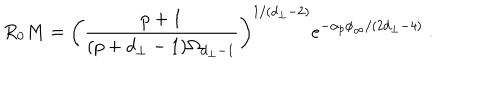
R _ { 0 } M = \left( \frac { p + 1 } { ( p + d _ { \perp } - 1 ) \Omega _ { d _ { \perp } - 1 } } \right) ^ { 1 / ( d _ { \perp } - 2 ) } e ^ { - \alpha _ { p } \phi _ { \infty } / ( 2 d _ { \perp } - 4 ) } \ .